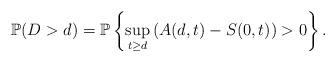
LaTeX: \begin{align*}\mathbb{P} ( D > d ) = \mathbb{P}\left \{ \sup_{t\ge{d}}\left( A(d,t) - S(0,t) \right) > 0 \right\}.\end{align*}